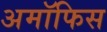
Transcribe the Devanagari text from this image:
अमॉफिस